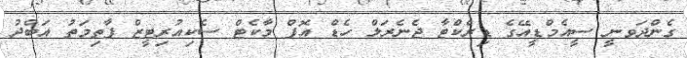
ގެންދަވނީ ސީއެމްޑީއޭގެ ޑިރެކްޓާ ޖެނެރަލް ހެޑް އޮފް މާކެޓް ސެކިއުރިޓީޒް ފާތިމަތު އަބްދު